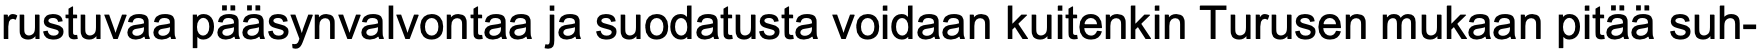
rustuvaa pääsynvalvontaa ja suodatusta voidaan kuitenkin Turusen mukaan pitää suh-